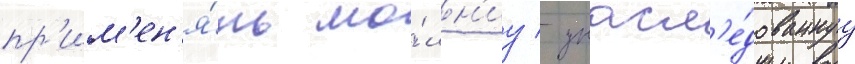
пр'им'ен'я́ть мо́лн'иу / унасл'е́дованнуу